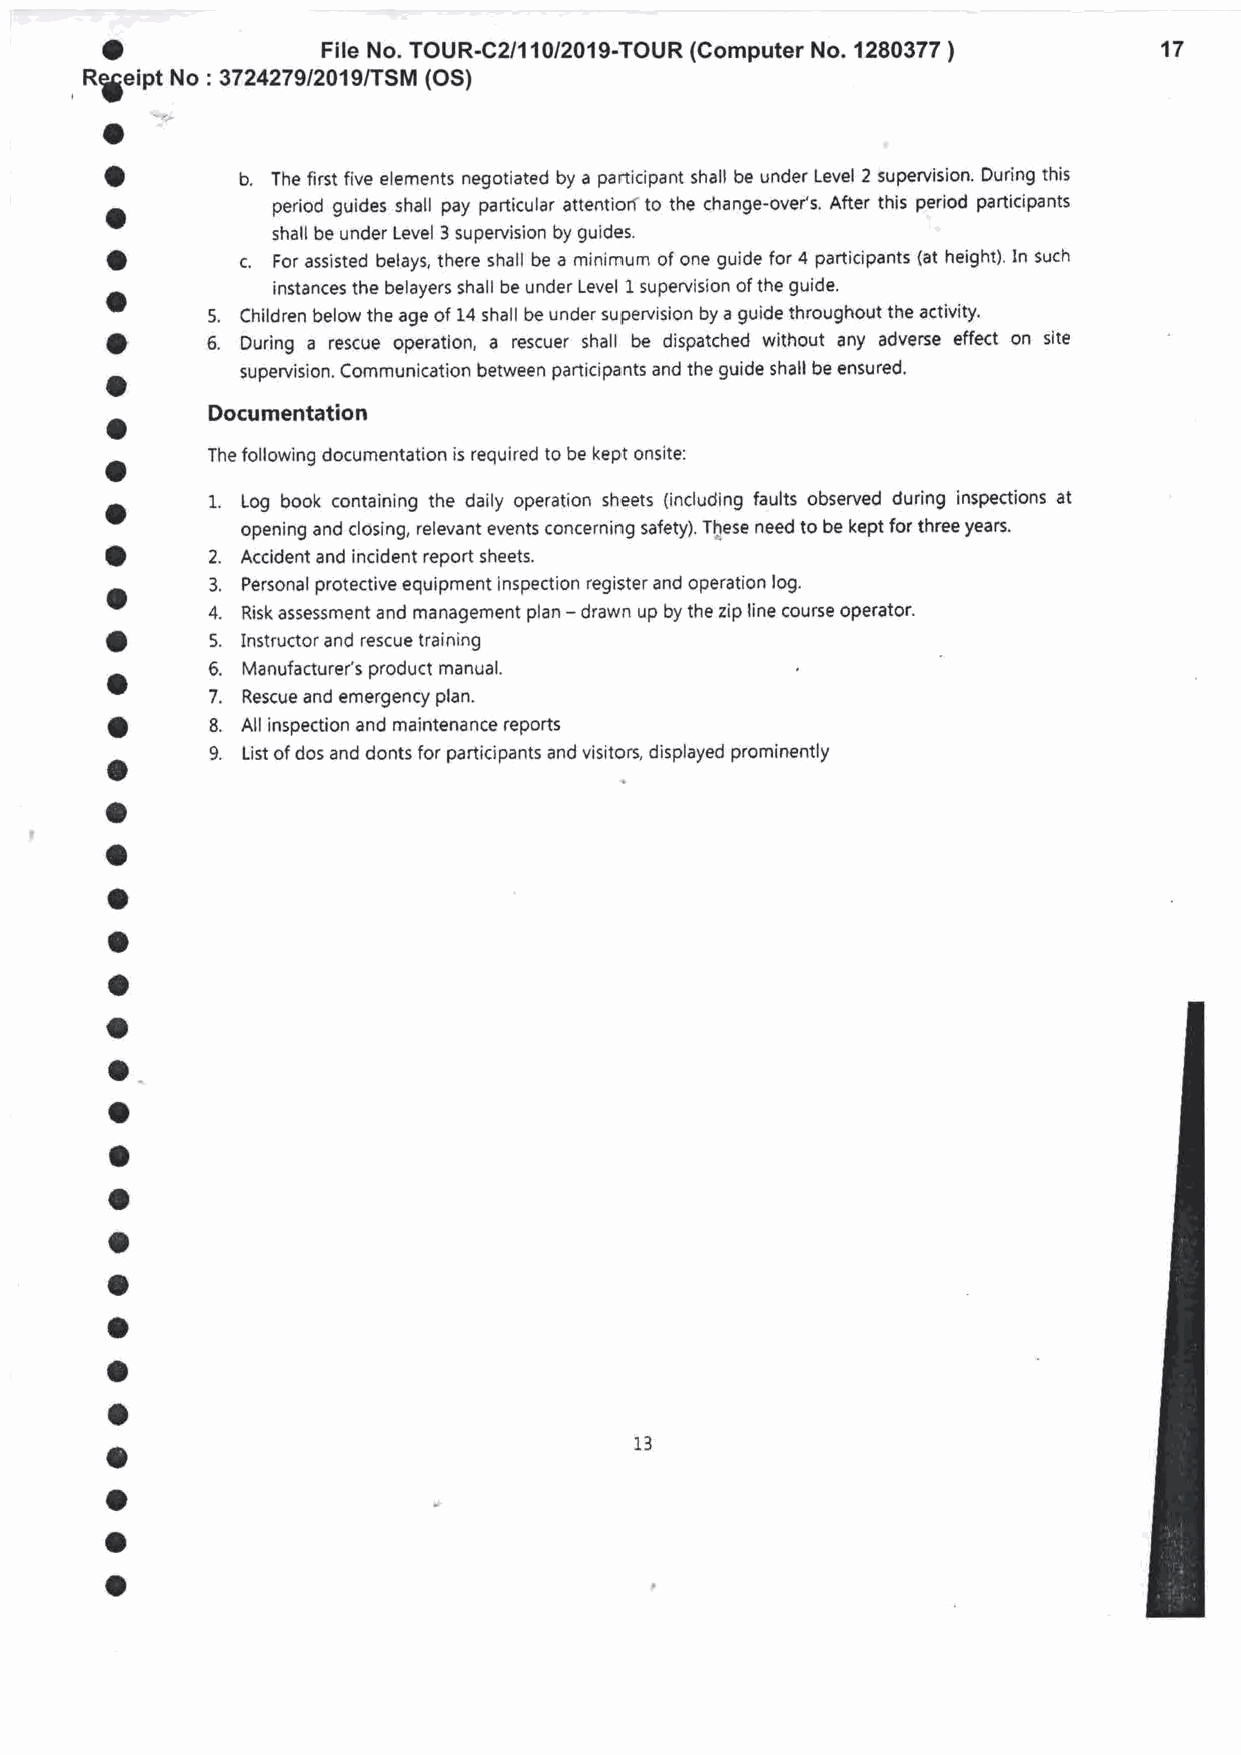
O
 File No. TOUR-C2/l10/2019-TOUR (Computer No. 1280377 )  17
 Rfeie:No : 372427et201 e/rSM (oS)
 a
 o        b. The first five elements negotiated by a participant shall be under Level 2 supervision. During this
 o          period guides shall pay particular attentiorf to the change-over's. After this period participants
 shall be under Level 3 supervision by guides.
 o        c. For assisted belays, there shall be a minimurn of one guide for 4 participants (at height). In such
 a          instances the belayers shall be under Level L supervision of the guide.
 5. Children below the age of 14 shall be under supervision by a guide throughout the activity'
 o      5. During a rescue operation, a rescuer shall be dispatched without any adverse effect on site
 o        supervision. Communication between participants and the guide shall be ensured.
 Documentation
 o
 o      The following documentation is required to be kept onsite:
 o      1. Log book containing the daily operation sheets (including faults observed during inspections at
 opening and closing, relevant events concerning safety). Tlese need to be kept for three years.
 o      2.
 Accident and incident report sheets.
 o      3. Personal protective equipment inspection register and operation lo9.
 4. Risk assessment and management plan - drawn up by the zip line course operator.
 o      5.
 Instructor and rescue trainlng
 6.
 o        Manufacturer's product manual.
 7.
 Rescue and emergency plan.
 o      8.
 All inspection and maintenance reports
 a      9. List of dos and donts for participants and visitors, displayed prominently
 a
 o
 o
 a
 a
 o
 o
 o
 O
 o
 a
 a
 a
 o
 a
 a                                  13
 O
 o
 o